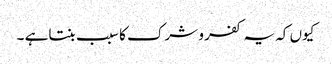
کیوں کہ یہ کفر و شرک کا سبب بنتاہے ۔